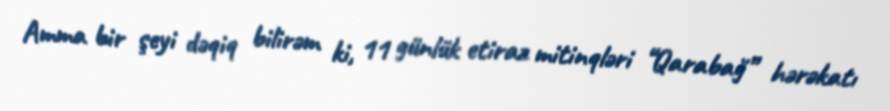
Amma bir şeyi dəqiq bilirəm ki, 11 günlük etiraz mitinqləri “Qarabağ” hərəkatı